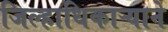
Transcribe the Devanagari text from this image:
जिल्हाधिकाऱ्याने